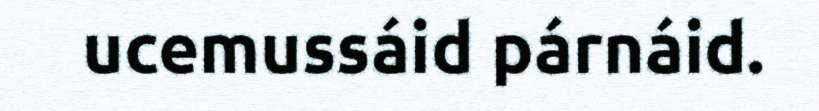
ucemussáid párnáid.